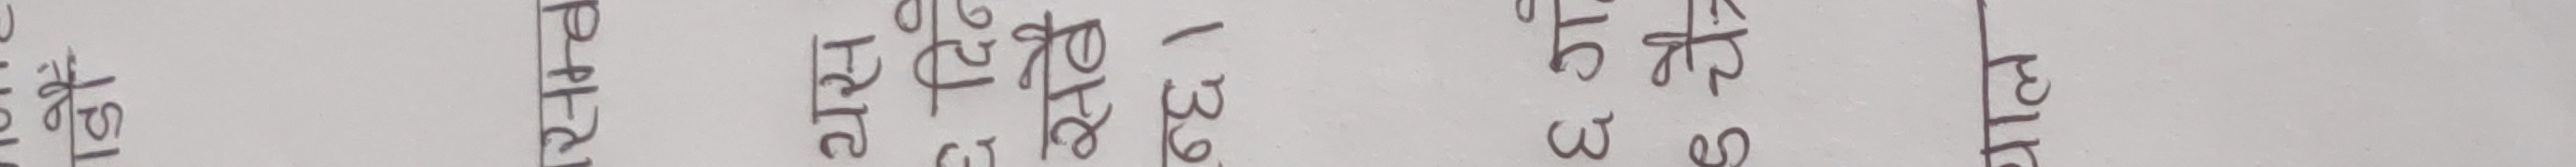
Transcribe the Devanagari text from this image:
धृतिका